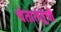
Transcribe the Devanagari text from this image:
चेतातंतूंची